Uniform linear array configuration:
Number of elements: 24
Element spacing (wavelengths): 1
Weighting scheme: hann
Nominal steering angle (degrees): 15
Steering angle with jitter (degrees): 13.88
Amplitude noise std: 0.05
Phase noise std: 0.05

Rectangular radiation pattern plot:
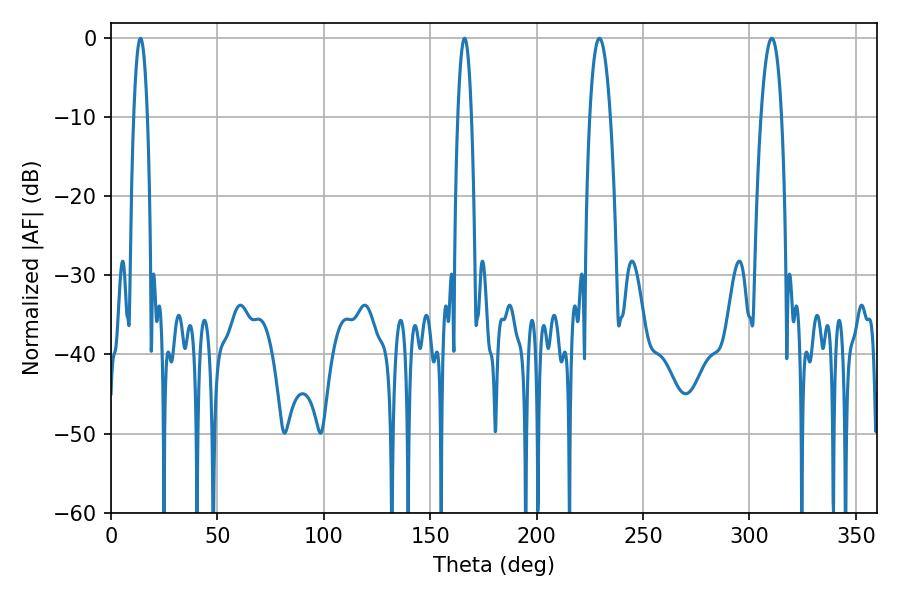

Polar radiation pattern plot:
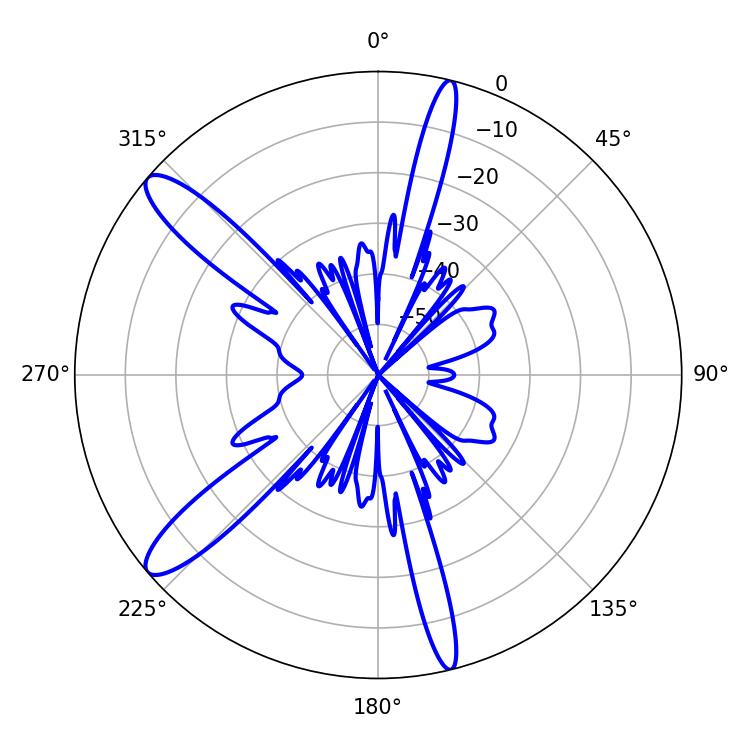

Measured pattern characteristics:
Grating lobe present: TRUE
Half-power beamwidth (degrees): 3.6
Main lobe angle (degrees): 13.86